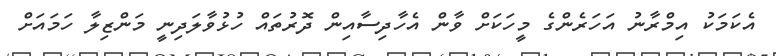
އެކަމަކު އިމްރާނު އަހަރެންގެ މީހަކަށް ވާން އެހާދިސާއިން ދޮރުތައް ހުޅުވާލަދިނީ މަންޒިލާ ހަމައަށް